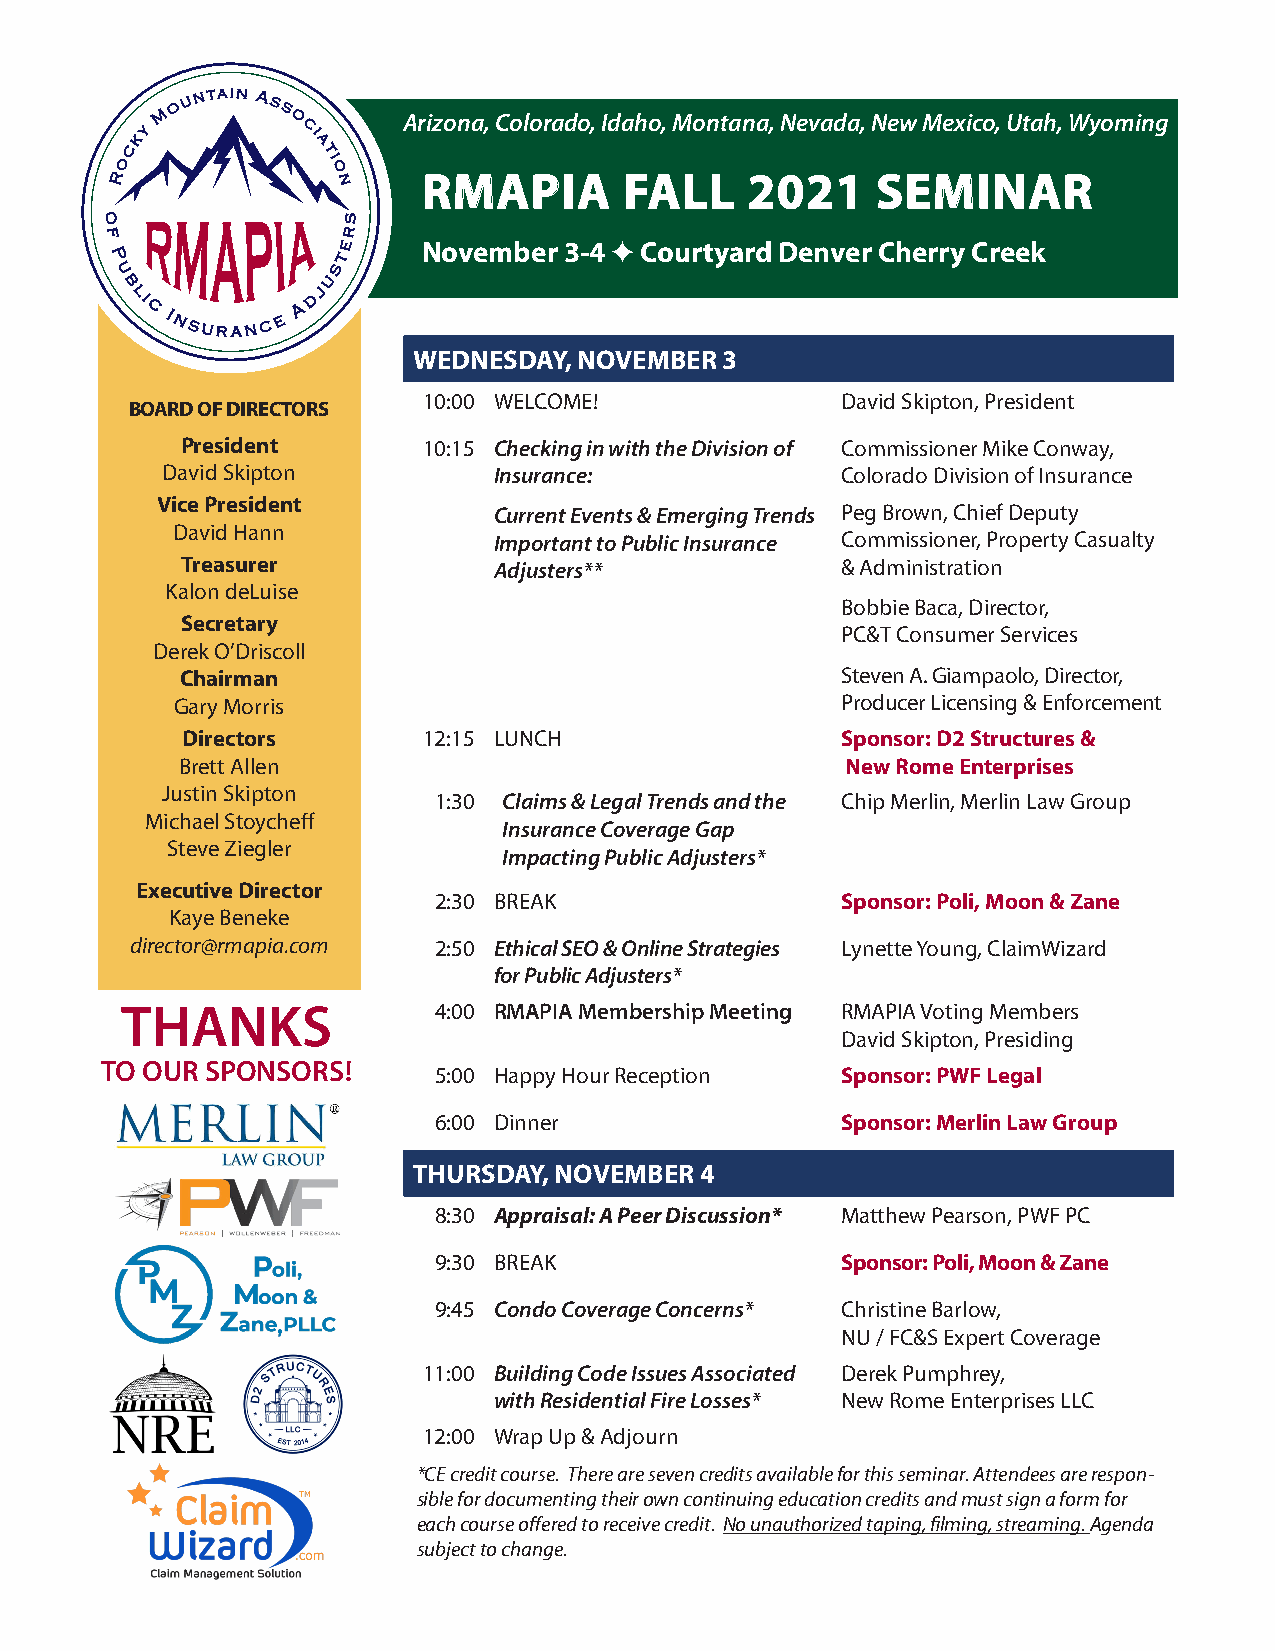
Arizona, Colorado, Idaho, Montana, Nevada, New Mexico, Utah, Wyoming
 RMAPIA       FALL    2021     SEMINAR
 November 3-4 ✦ Courtyard Denver Cherry Creek
 WEDNESDAY, NOVEMBER  3
 10:00 WELCOME!              David Skipton, President
 BOARD OF DIRECTORS
 President       10:15 Checking in with the Division of Commissioner Mike Conway,
 David Skipton         Insurance:             Colorado Division of Insurance
 Vice President
 Current Events & Emerging Trends Peg Brown, Chief Deputy
 David Hann
 Important to Public Insurance Commissioner, Property Casualty
 Treasurer            Adjusters**            & Administration
 Kalon deLuise
 Bobbie Baca, Director,
 Secretary
 PC&T Consumer Services
 Derek O’Driscoll
 Chairman                                    Steven A. Giampaolo, Director,
 Gary Morris                                 Producer Licensing & Enforcement
 Directors       12:15 LUNCH                 Sponsor: D2 Structures &
 Brett Allen                                 New Rome Enterprises
 Justin Skipton
 1:30 Claims & Legal Trends and the Chip Merlin, Merlin Law Group
 Michael Stoycheff
 Insurance Coverage Gap
 Steve Ziegler
 Impacting Public Adjusters*
 Executive Director
 2:30 BREAK                 Sponsor: Poli, Moon & Zane
 Kaye Beneke
 director@rmapia.com 2:50 Ethical SEO & Online Strategies Lynette Young, ClaimWizard
 for Public Adjusters*
 THANKS               4:00 RMAPIA Membership Meeting RMAPIA Voting Members
 David Skipton, Presiding
 TO OUR SPONSORS!      5:00 Happy Hour Reception  Sponsor: PWF Legal
 6:00 Dinner                Sponsor: Merlin Law Group
 THURSDAY, NOVEMBER 4
 8:30 Appraisal: A Peer Discussion* Matthew Pearson, PWF PC
 9:30 BREAK                 Sponsor: Poli, Moon & Zane
 9:45 Condo Coverage Concerns* Christine Barlow,
 NU / FC&S Expert Coverage
 11:00 Building Code Issues Associated Derek Pumphrey,
 with Residential Fire Losses* New Rome Enterprises LLC
 12:00 Wrap Up & Adjourn
 *CE credit course. There are seven credits available for this seminar. Attendees are respon-
 sible for documenting their own continuing education credits and must sign a form for
 each course offered to receive credit. No unauthorized taping, filming, streaming. Agenda
 subject to change.